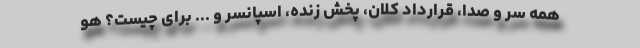
همه سر و صدا، قرارداد کلان، پخش زنده، اسپانسر و ... برای چیست؟ هو